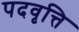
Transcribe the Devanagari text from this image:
पदवृत्ति